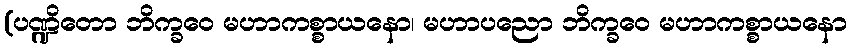
(ပဏ္ဍိတော ဘိက္ခဝေ မဟာကစ္စာယနော၊ မဟာပညော ဘိက္ခဝေ မဟာကစ္စာယနော